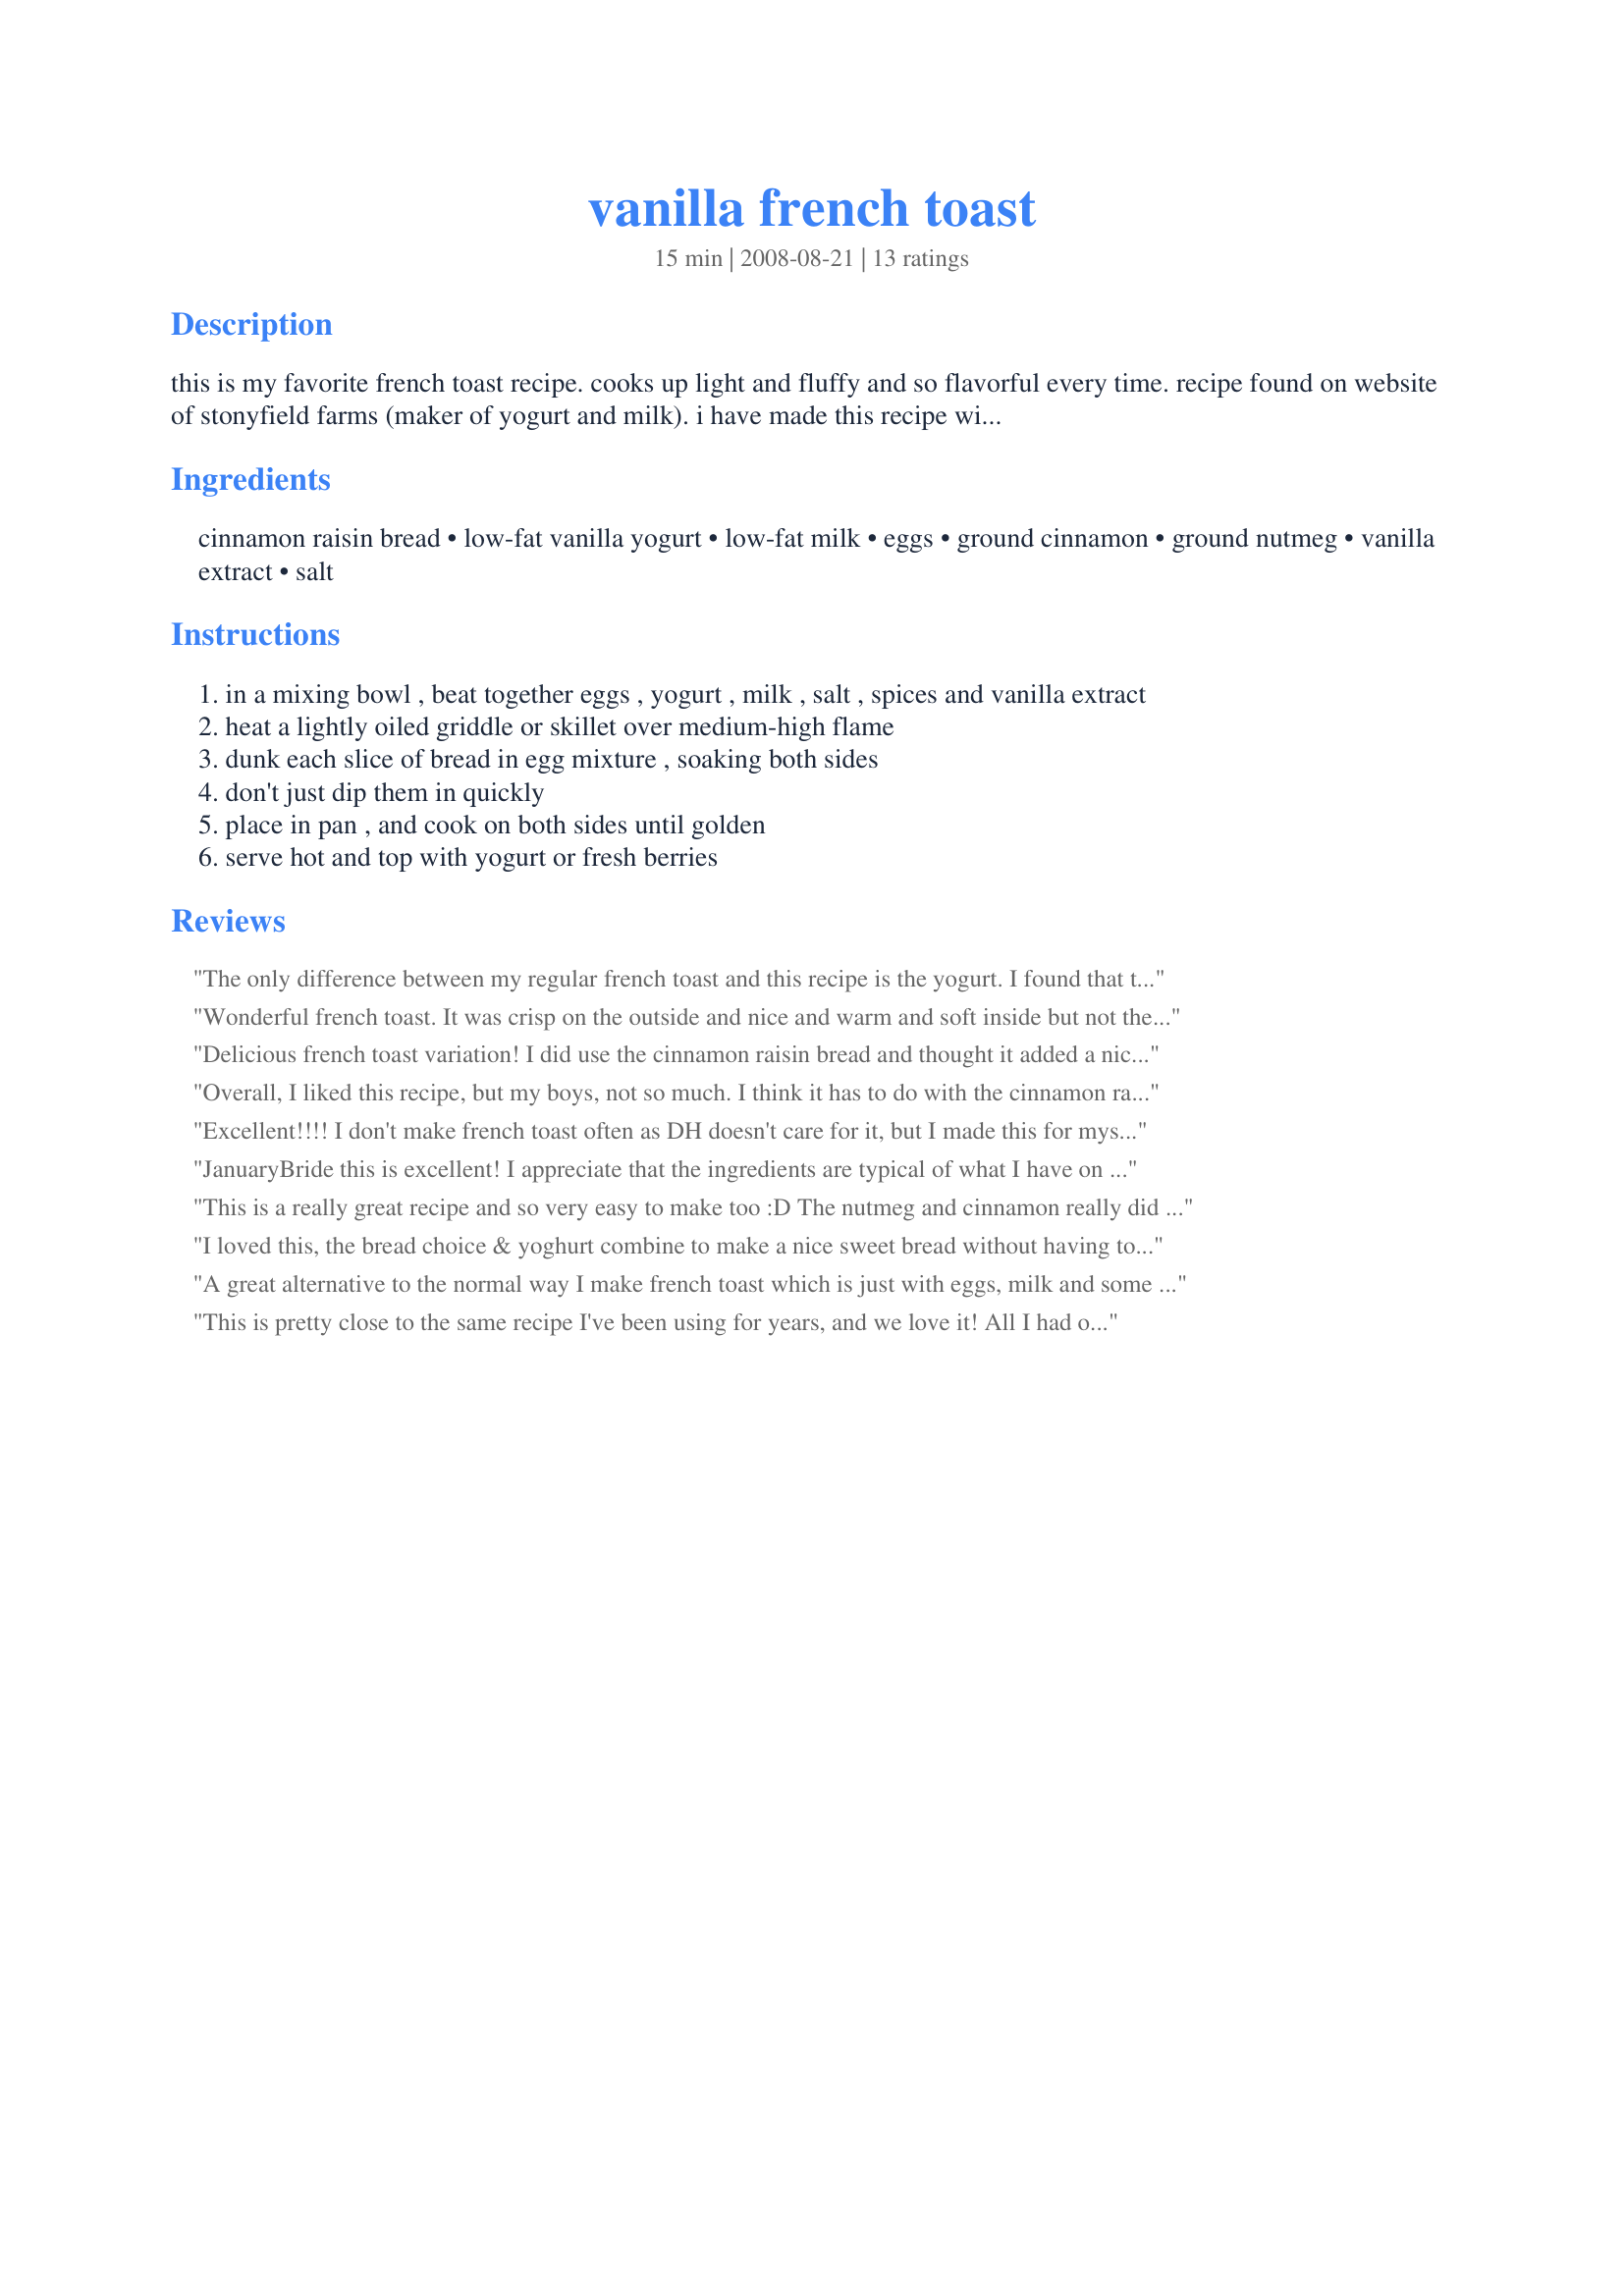
vanilla french toast
Preparation time: 15 minutes

this is my favorite french toast recipe. cooks up light and fluffy and so flavorful every time. recipe found on website of stonyfield farms (maker of yogurt and milk). i have made this recipe with all kinds of bread and it's fabulous. . .doesn't need to be cinnamon raisin bread. i actually just made it with hawaiian sweet bread this morning and it was fabulous. also feel free to use banana or strawberry yogurt instead of vanilla. have fun with this recipe; you won't be disappointed!

Ingredients:
cinnamon raisin bread, low-fat vanilla yogurt, low-fat milk, eggs, ground cinnamon, ground nutmeg, vanilla extract, salt

Steps:
in a mixing bowl , beat together eggs , yogurt , milk , salt , spices and vanilla extract
heat a lightly oiled griddle or skillet over medium-high flame
dunk each slice of bread in egg mixture , soaking both sides
don't just dip them in quickly
place in pan , and cook on both sides until golden
serve hot and top with yogurt or fresh berries

Reviews:
The only difference between my regular french toast and this recipe is the yogurt. I found that the bread cooked out a bit wetter and the yogurt caused some darker spots on the bread. It was ok but I didn't care too much for yogurt tang with the bread a spices. Made for ZWT 8 Family Picks
Wonderful french toast. It was crisp on the outside and nice and warm and soft inside but not the slightest bit mushy-that is always the problem with the recipe I have always used before! This will be my new french toast recipe! I made this using Recipe #235909 to which I added a bunch of golden raisins. I served this with a berry jam on top. Thanks for posting this!:)Made for ZWT5
Delicious french toast variation! I did use the cinnamon raisin bread and thought it added a nice flavor to the dish. Thanks for sharing! ZWT8
Overall, I liked this recipe, but my boys, not so much. I think it has to do with the cinnamon raisin bread and NOT with the batter itself. I will be trying this again with other types of bread. Thank you for posting. Made for I Recommend Tag.
Excellent!!!! I don't make french toast often as DH doesn't care for it, but I made this for myself and I loved it!! The vanilla and cinnamon are the stars here and the use of vanilla yogourt was awesome!! Topped mine with strawberries and blueberries which I liked but maple syrup is still my go to for french toast! Thanks JB!! Made for Las Mistico Magicos Sirenas - ZWT5.
JanuaryBride this is excellent! I appreciate that the ingredients are typical of what I have on hand and that the recipe has versatility. Thank you for a delicious breakfast!
This is a really great recipe and so very easy to make too :D The nutmeg and cinnamon really did it for my family.I have made french toast a thousand times and never thought to put those in before cooking.Thanks for a great recipe! Made for ZWT5.
I loved this, the bread choice & yoghurt combine to make a nice sweet bread without having to add extra sugar or use any spreads. Made a lovely brekky, thankyou!
A great alternative to the normal way I make french toast which is just with eggs, milk and some cinnamon. I especially like the cinnamon raisin bread idea. I did use L/F plain yogurt and so upped the amount of vanilla by another 1/2 t. Yum, Yum!!!
Made for AU Recipeswap~
This is pretty close to the same recipe I've been using for years, and we love it! All I had on hand were fruit yogurts so replaced with cream (fattening!!!!). Also added splash of Grand Marnier along with the vanilla. After browning, sprinkled tops with more cinnamon and sugar and popped in to the oven for about 10 minutes so they wouldn't be mushy! Thanks for sharing! Made for ZWT5 family picks!!
Delicious, made a 1/2 recipe and 2 slices of really thick (cafe style) raisin bread. Served with a strawberry and some of the yoghurt. Thank you JanuaryBride, made for Edition 5 - Make My Recipe - a game of tag.
OUTSTANDING FRENCH TOAST! Made these according to the recipe & served them with vanilla yogurt & mixed berries ~ SOOO GOOD! Another time I'd like to use a dense, winter wheat bread! Thanks for a great breakfast! [Tagged, made & reviewed for one of my Vegetarian groupmates in the Vegetarian/Vegan Recipe Swap #6]
So good! I used blueberry bread instead, and I also made a blueberry syrup to go with it, made from heated frozen blueberries and pure maple syrup. Very delicious! Next time I'll try the cinnamon raisin bread, thanks for posting! Made for ZWT8.
